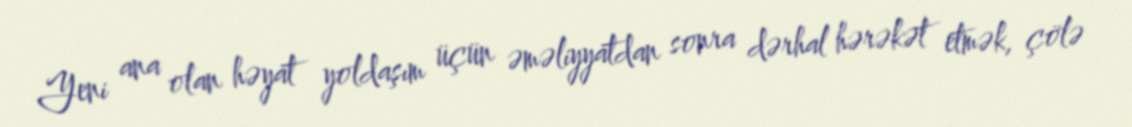
Yeni ana olan həyat yoldaşım üçün əməliyyatdan sonra dərhal hərəkət etmək, çölə